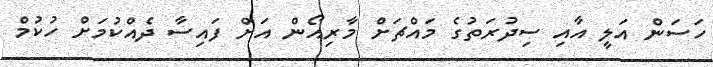
ހަސަން އަލީ އާއި ސިދުރަތުގެ މައްޗަށް މާރިއޯން އަށް ފައިސާ ދެއްކުމަށް ހުކުމް